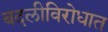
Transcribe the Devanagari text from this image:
बदलीविरोधात